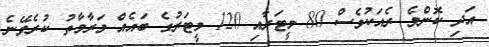
އަދި ކޮންމެ ރެއަކުވެސް 80 މީޓަރާއި 120 މީޓަރުގެ ބައެއް މަރާމާތު ކުރެވޭނެ